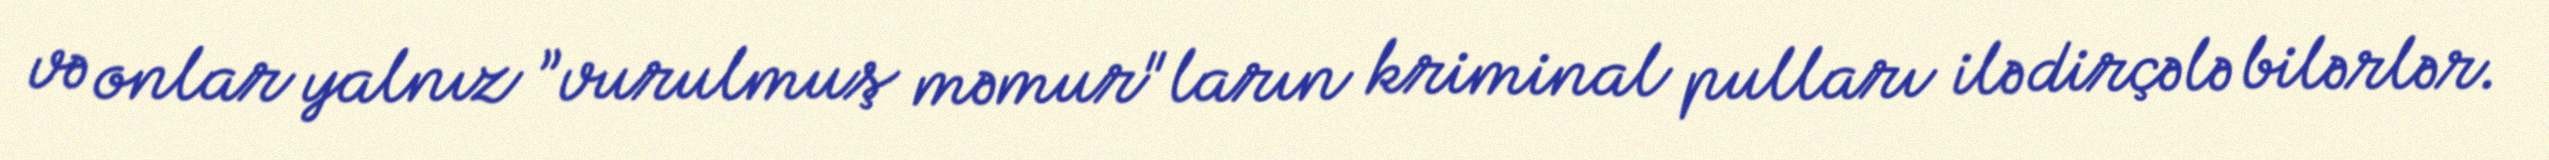
və onlar yalnız ”vurulmuş məmur"ların kriminal pulları ilə dirçələ bilərlər.